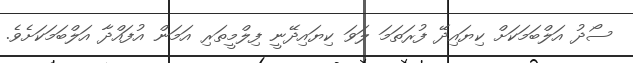
ސޯދު އަލްބަމަކަށް ކިޔައިދޭ ފުރަތަމަ ލަވަ ކިޔައިދޭނީ ފިލްމީތަރި އަމަން އުފައްދާ އަލްބަމަކަށެވެ.